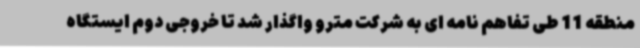
منطقه 11 طی تفاهم نامه ای به شرکت مترو واگذار شد تا خروجی دوم ایستگاه